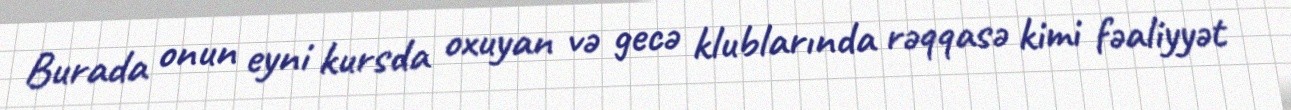
Burada onun eyni kursda oxuyan və gecə klublarında rəqqasə kimi fəaliyyət